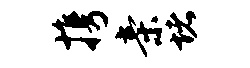
携亲堵